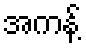
အကန့်